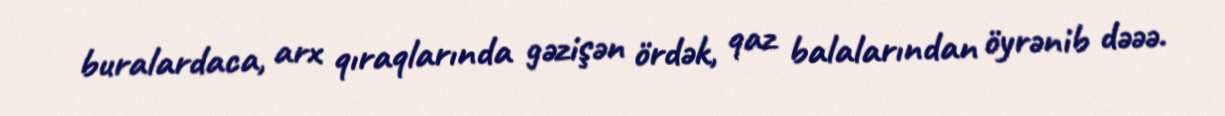
buralardaca, arx qıraqlarında gəzişən ördək, qaz balalarından öyrənib dəəə.